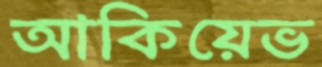
আকিয়েভ